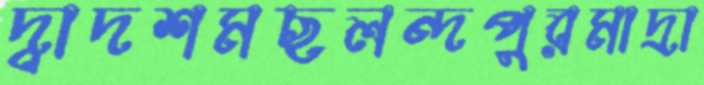
দ্বাদশমছলন্দপুরমাদ্রা